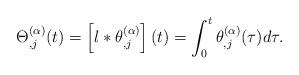
LaTeX: \begin{align*}\Theta_{,j}^{(\alpha)}(t)=\left[l*\theta_{,j}^{(\alpha)}\right](t)=\int_{0}^{t}\theta_{,j}^{(\alpha)}(\tau)d\tau.\end{align*}